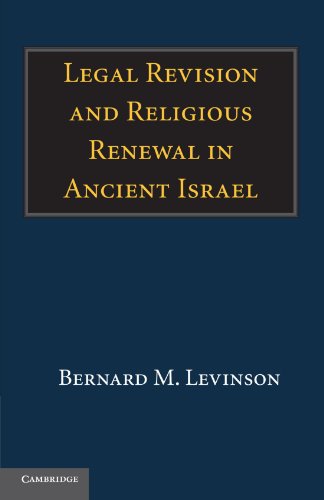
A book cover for Legal Revision and Religious Renewal in Ancient Israel; Bernard M. Levinson; Religion & Spirituality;